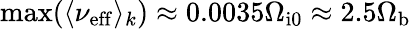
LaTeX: \mathrm{max}(\langle\nu_{\mathrm{eff}}\rangle_{k})\approx 0.0035\Omega_{\mathrm{i0}}\approx 2.5\Omega_{\mathrm{b}}